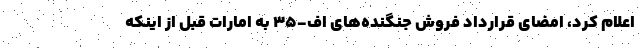
اعلام کرد، امضای قرارداد فروش جنگنده‌های اف-۳۵ به امارات قبل از اینکه